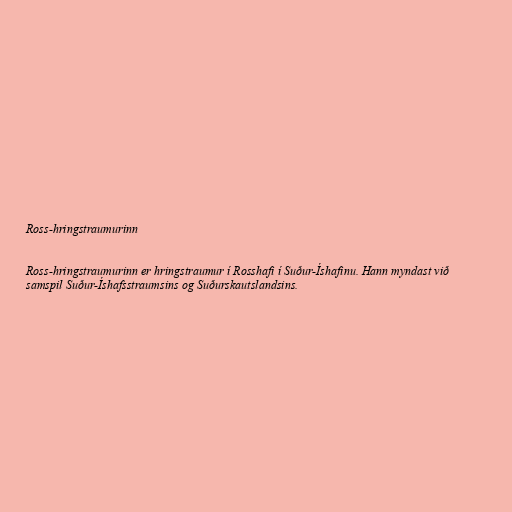
Ross-hringstraumurinn

Ross-hringstraumurinn er hringstraumur í Rosshafi í Suður-Íshafinu. Hann myndast við
samspil Suður-Íshafsstraumsins og Suðurskautslandsins.